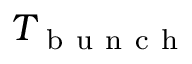
T _ { \mathrm { ~ b ~ u ~ n ~ c ~ h ~ } }